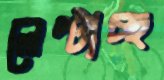
লেপ্‌টাচ্ছ